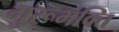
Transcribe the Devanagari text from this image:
गुरूभक्ति